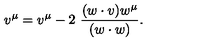
v ^ { \mu } = v ^ { \mu } - 2 \ \frac { ( w \cdot v ) w ^ { \mu } } { ( w \cdot w ) } .